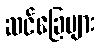
ဆင်ခြေများ